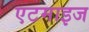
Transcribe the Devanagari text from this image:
एटमाइज